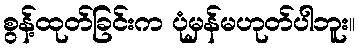
စွန့်ထုတ်ခြင်းက ပုံမှန်မဟုတ်ပါဘူး။